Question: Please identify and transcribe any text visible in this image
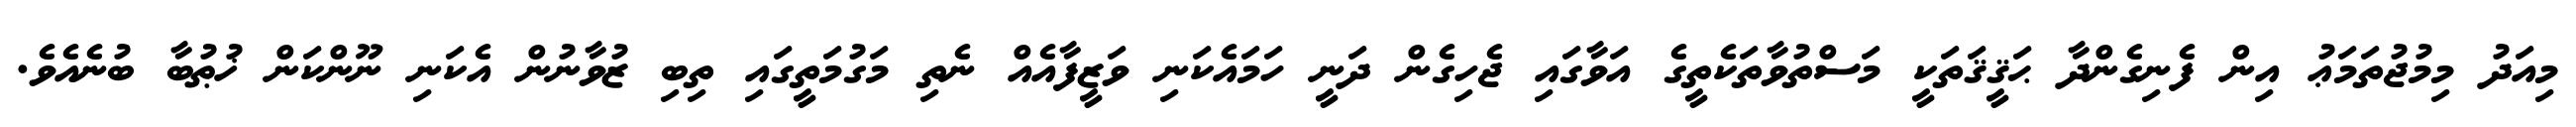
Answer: މިއަދު މިމުޖުތަމަޢު އިން ފެނިގެންދާ ޙަޤީޤަތަކީ މަސްތުވާތަކެތީގެ އަވާގައި ޖެހިގެން ދަނީ ހަމައެކަނި ވަޒީފާއެއް ނެތި މަގުމަތީގައި ތިބި ޒުވާނުން އެކަނި ނޫންކަން ޚުޠުބާ ބުނެއެވެ.